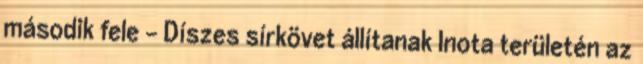
második fele – Díszes sírkövet állítanak Inota területén az